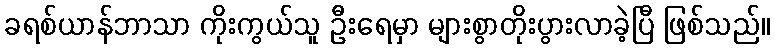
ခရစ်ယာန်ဘာသာ ကိုးကွယ်သူ ဦးရေမှာ များစွာတိုးပွားလာခဲ့ပြီ ဖြစ်သည်။